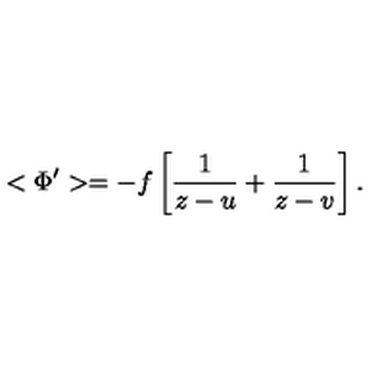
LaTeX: < \Phi ^ { \prime } > = - f \left[ \frac { 1 } { z - u } + \frac { 1 } { z - v } \right] .